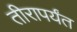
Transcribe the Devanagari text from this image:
तीरापर्यंत